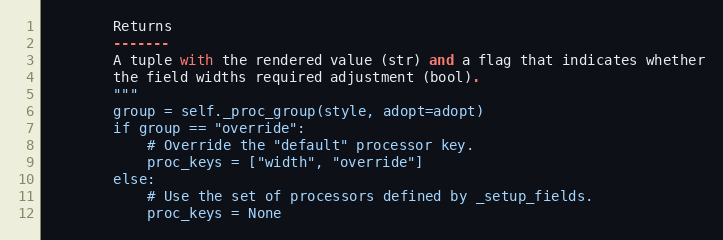
Language: Python
        Returns
        -------
        A tuple with the rendered value (str) and a flag that indicates whether
        the field widths required adjustment (bool).
        """
        group = self._proc_group(style, adopt=adopt)
        if group == "override":
            # Override the "default" processor key.
            proc_keys = ["width", "override"]
        else:
            # Use the set of processors defined by _setup_fields.
            proc_keys = None